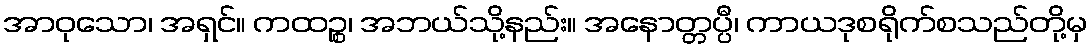
အာဝုသော၊ အရှင်။ ကထဉ္စ၊ အဘယ်သို့နည်း။ အနောတ္တပ္ပီ၊ ကာယဒုစရိုက်စသည်တို့မှ